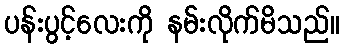
ပန်းပွင့်လေးကို နမ်းလိုက်မိသည်။